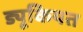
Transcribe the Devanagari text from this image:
ड्यूकियत